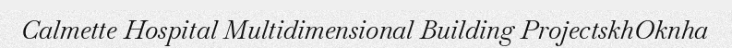
Calmette Hospital Multidimensional Building ProjectskhOknha